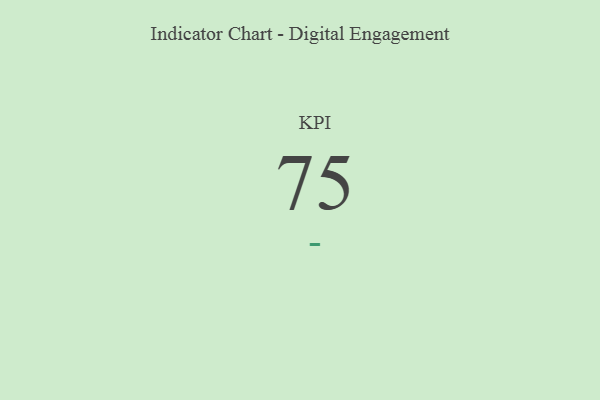
{"axis": {"x": "KPI", "y": "Value"}, "legend": [""], "data": [{"x": "KPI", "y": 75, "type": ""}]}